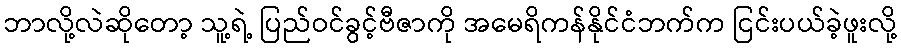
ဘာလို့လဲဆိုတော့ သူ့ရဲ့ ပြည်ဝင်ခွင့်ဗီဇာကို အမေရိကန်နိုင်ငံဘက်က ငြင်းပယ်ခဲ့ဖူးလို့